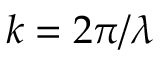
k = 2 \pi / \lambda